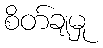
စိတ်ချမှု